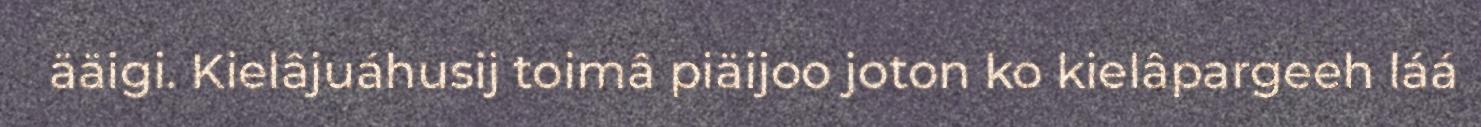
ääigi. Kielâjuáhusij toimâ piäijoo joton ko kielâpargeeh láá